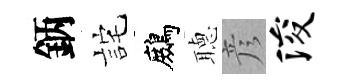
鈵詫鷓𦗟彦浚